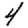
Digit: 4